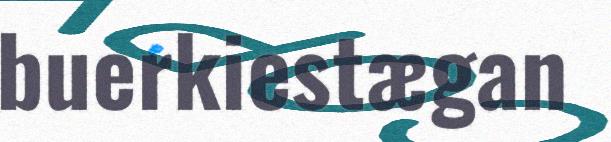
buerkiestægan